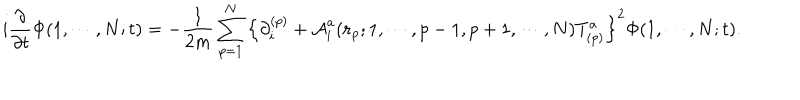
i \frac { \partial } { \partial t } \Phi ( 1 , \cdots , N ; t ) = - \frac { 1 } { 2 m } \sum _ { p = 1 } ^ { N } \left\{ \partial _ { i } ^ { ( p ) } + { \cal A } _ { i } ^ { a } ( { \bf r } _ { p } ; 1 , \cdots , p - 1 , p + 1 , \cdots , N ) T _ { ( p ) } ^ { a } \right\} ^ { 2 } \Phi ( 1 , \cdots , N ; t ) .